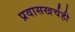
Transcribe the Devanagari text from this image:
प्रवासखर्चही